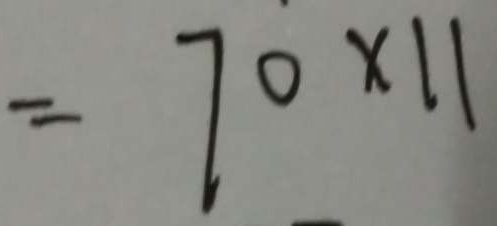
= 7 0 \times 1 1